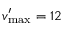
v _ { \mathrm { m a x } } ^ { \prime } = 1 2